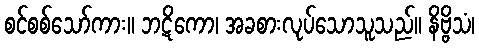
စင်စစ်သော်ကား။ ဘဋိကော၊ အခစားလုပ်သောသူသည်။ နိဗ္ဗိသံ၊